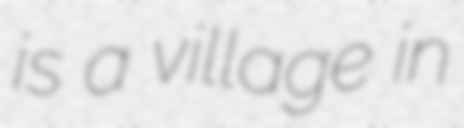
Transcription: is a village in